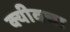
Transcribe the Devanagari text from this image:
क्यीवचा